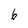
Character: 6